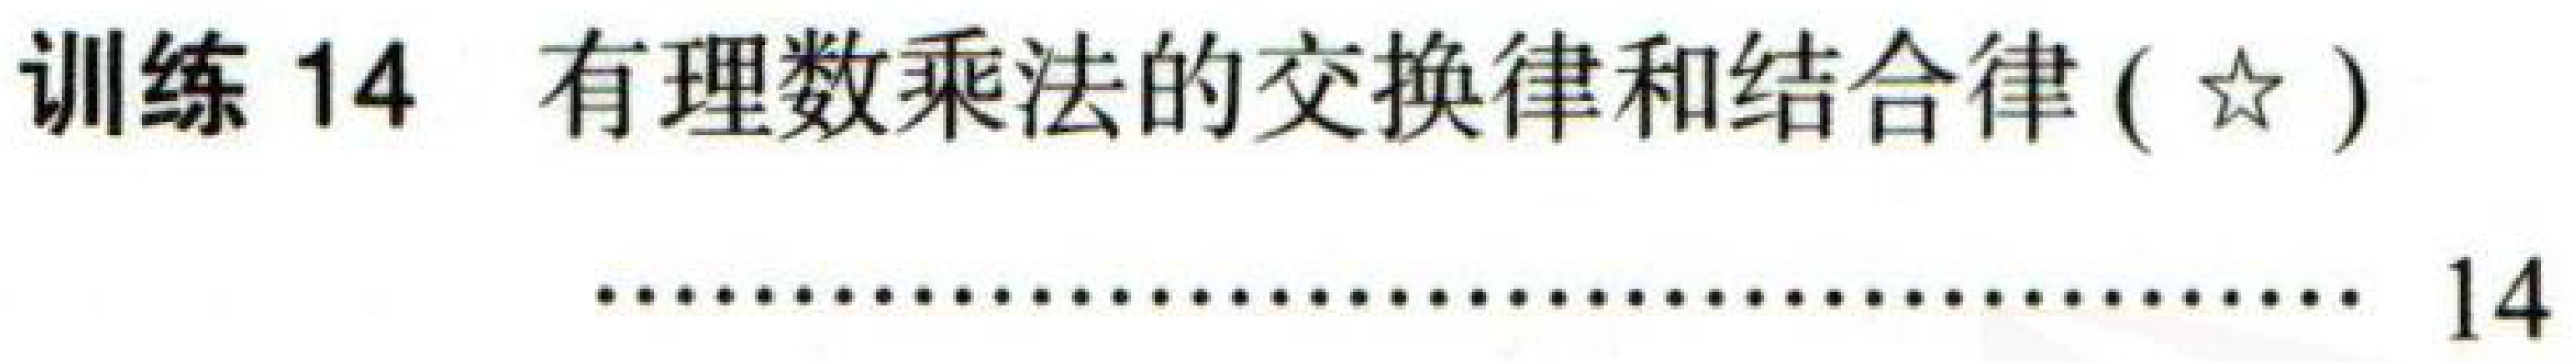
训练 14 有理数乘法的交换律和结合律(☆)
\(\cdots\cdots\cdots\cdots\cdots\cdots\cdots\cdots\cdots\cdots\cdots\cdots\cdots\cdots\cdots\cdots\cdots\cdots\cdots\cdots\cdots\cdots\cdots\cdots\cdots\cdots\cdots\cdots\cdots\cdots\cdots\cdots\cdots\cdots\cdots\cdots\cdots\cdots\cdots\cdots\cdots\cdots 14\)